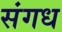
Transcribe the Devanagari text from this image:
संगध